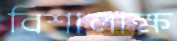
বিশালাক্ষ